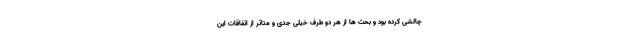
چالشی کرده بود و بحث ها از هر دو طرف خیلی جدی و متاثر از اتفاقات این